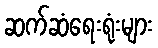
ဆက်ဆံရေးရုံးများ